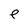
Character: e